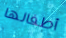
أطفالها